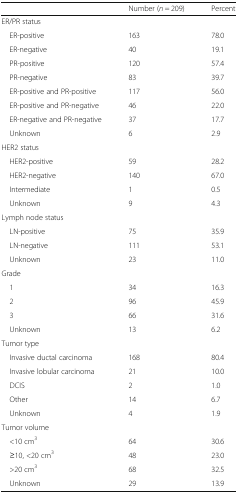
<table><thead><tr><td></td><td><b>Number (<i>n</i> = 209)</b></td><td><b>Percent</b></td></tr></thead><tbody><tr><td colspan="3">ER/PR status</td></tr><tr><td> ER-positive</td><td>163</td><td>78.0</td></tr><tr><td> ER-negative</td><td>40</td><td>19.1</td></tr><tr><td> PR-positive</td><td>120</td><td>57.4</td></tr><tr><td> PR-negative</td><td>83</td><td>39.7</td></tr><tr><td> ER-positive and PR-positive</td><td>117</td><td>56.0</td></tr><tr><td> ER-positive and PR-negative</td><td>46</td><td>22.0</td></tr><tr><td> ER-negative and PR-negative</td><td>37</td><td>17.7</td></tr><tr><td> Unknown</td><td>6</td><td>2.9</td></tr><tr><td colspan="3">HER2 status</td></tr><tr><td> HER2-positive</td><td>59</td><td>28.2</td></tr><tr><td> HER2-negative</td><td>140</td><td>67.0</td></tr><tr><td> Intermediate</td><td>1</td><td>0.5</td></tr><tr><td> Unknown</td><td>9</td><td>4.3</td></tr><tr><td colspan="3">Lymph node status</td></tr><tr><td> LN-positive</td><td>75</td><td>35.9</td></tr><tr><td> LN-negative</td><td>111</td><td>53.1</td></tr><tr><td> Unknown</td><td>23</td><td>11.0</td></tr><tr><td colspan="3">Grade</td></tr><tr><td> 1</td><td>34</td><td>16.3</td></tr><tr><td> 2</td><td>96</td><td>45.9</td></tr><tr><td> 3</td><td>66</td><td>31.6</td></tr><tr><td> Unknown</td><td>13</td><td>6.2</td></tr><tr><td colspan="3">Tumor type</td></tr><tr><td> Invasive ductal carcinoma</td><td>168</td><td>80.4</td></tr><tr><td> Invasive lobular carcinoma</td><td>21</td><td>10.0</td></tr><tr><td> DCIS</td><td>2</td><td>1.0</td></tr><tr><td> Other</td><td>14</td><td>6.7</td></tr><tr><td> Unknown</td><td>4</td><td>1.9</td></tr><tr><td colspan="3">Tumor volume</td></tr><tr><td> &lt;10 cm<sup>3</sup></td><td>64</td><td>30.6</td></tr><tr><td> ≥10, &lt;20 cm<sup>3</sup></td><td>48</td><td>23.0</td></tr><tr><td> &gt;20 cm<sup>3</sup></td><td>68</td><td>32.5</td></tr><tr><td> Unknown</td><td>29</td><td>13.9</td></tr></tbody></table>